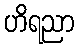
ဟိရညာ